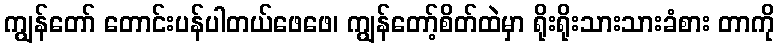
ကျွန်တော် တောင်းပန်ပါတယ်ဖေဖေ၊ ကျွန်တော့်စိတ်ထဲမှာ ရိုးရိုးသားသားခံစား တာကို